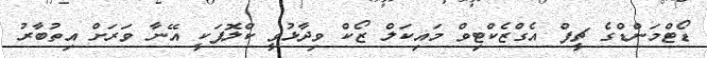
ޑޯޓްމަންޑްގެ ޗީފް އެގްޒެކްޓިވް މައިކަލް ޒޯކް ވިދާޅުވީ ކްލޮޕަކީ އޭނާ ވަރަށް އިތުބާރު